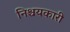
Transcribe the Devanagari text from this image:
निश्चयकारी